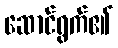
ဆောင်ရွက်၏